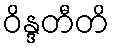
ဝိန္ဒတီတိ